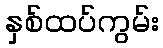
နှစ်ထပ်ကွမ်း